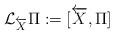
LaTeX: \begin{align*} \mathcal{L}_{\overleftarrow{X}} \Pi := [\overleftarrow{X}, \Pi]\end{align*}